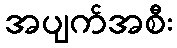
အပျက်အစီး